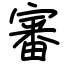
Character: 審